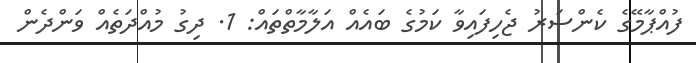
ފުއްޕާމޭގެ ކެންސަރު ޖެހިފައިވާ ކަމުގެ ބައެއް އަލާމާތްތައް: 1. ދިގު މުއްދަތެއް ވަންދެން